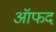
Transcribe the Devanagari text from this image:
ऑफद